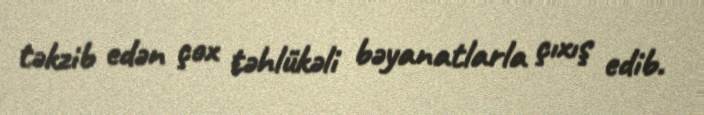
təkzib edən çox təhlükəli bəyanatlarla çıxış edib.